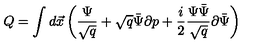
Q = \int d \vec { x } \left( \frac { \Psi } { \sqrt { q } } + \sqrt { q } \bar { \Psi } \partial p + \frac { i } { 2 } \frac { \Psi \bar { \Psi } } { \sqrt { q } } \partial \bar { \Psi } \right)